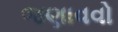
જણાવવો